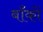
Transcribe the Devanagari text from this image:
बाँकों